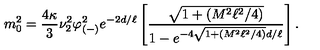
m _ { 0 } ^ { 2 } = { \frac { 4 \kappa } { 3 } } \nu _ { 2 } ^ { 2 } \varphi _ { ( - ) } ^ { 2 } e ^ { - 2 d / \ell } \left[ { \frac { \sqrt { 1 + ( M ^ { 2 } \ell ^ { 2 } / 4 ) } } { 1 - e ^ { - 4 \sqrt { 1 + ( M ^ { 2 } \ell ^ { 2 } / 4 ) } d / \ell } } } \right] .